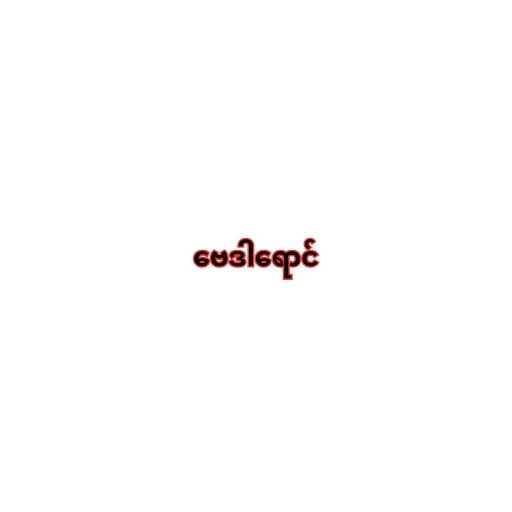
ဗေဒါရောင်